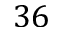
3 6